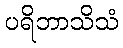
ပရိဘာသိသံ